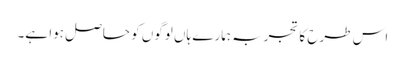
اس طرح کا تجربہ ہمارے ہاں لوگوں کو حاصل ہوا ہے۔